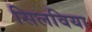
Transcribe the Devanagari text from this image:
सिलविया